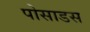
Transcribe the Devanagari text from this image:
पोसाडस